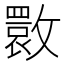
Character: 𭤌